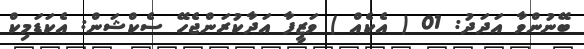
ބޭނުންވާ އަދަދު: 01 ( އެކެއް ) ވަޒީފާ އަދާކުރަންޖެހޭ ސެކްޝަން: އެކަޑަމިކް